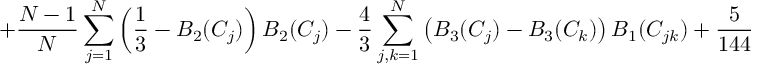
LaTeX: \left. + { \frac { N - 1 } { N } } \sum _ { j = 1 } ^ { N } \left( \frac { 1 } { 3 } - B _ { 2 } ( C _ { j } ) \right) B _ { 2 } ( C _ { j } ) - { \frac { 4 } { 3 } } \sum _ { j , k = 1 } ^ { N } \left( B _ { 3 } ( C _ { j } ) - B _ { 3 } ( C _ { k } ) \right) B _ { 1 } ( C _ { j k } ) + { \frac { 5 } { 1 4 4 } } ( N ^ { 2 } - 1 ) \right] \; ,